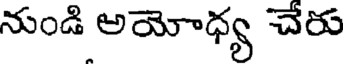
నుండి అయోధ్య చేరు